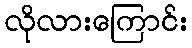
လိုလားကြောင်း